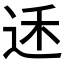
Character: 𮷟